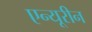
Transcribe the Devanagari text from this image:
एन्यूरीन